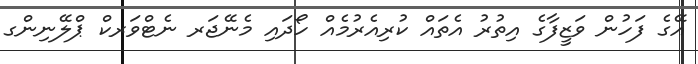
އޭގެ ފަހުން ވަޒީފާގެ އިތުރު އެތައް ކުރިއެރުމެއް ހޯދައި މެނޭޖަރ ނެޓްވަރކް ޕްލޭނިންގ